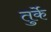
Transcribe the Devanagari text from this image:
तुर्के